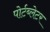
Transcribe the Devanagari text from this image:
पोर्टब्लेटर